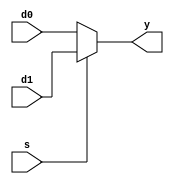
//---------------------------------
// MUX (Dataflow)
//---------------------------------

module 	mux2(	y,
		d0,
		d1,
		s)	;

parameter	N = 1	;

output	[N-1:0]	y	;	//output
input	[N-1:0]	d0	;	//input d0
input	[N-1:0]	d1	;	//input d1
input		s	;	//select

assign		y= s? d1:d0	;

endmodule

//---------------------------------
// 4:1 MUX
//---------------------------------

module mux4_inst(	y,
			d,
			s)	;

output		y	;	//output
input	[3:0]	d	;	//input d0,d1,d2,d3
input	[1:0]	s	;	//select which input can be the result

wire	[1:0]	convey	;	//convey output from first 2:1mux to last 2:1mux

mux2	mux_u0	(	.y( convey[0]	),
			.d0( d[0]	),
			.d1( d[1]	),
			.s ( s[0]	));

mux2	mux_u1	(	.y( convey[1]	),
			.d0( d[2]	),
			.d1( d[3]	),
			.s( s[0]	));

mux2	mux_u2	(	.y( y		),
			.d0( convey[0]	),
			.d1( convey[1]	),
			.s( s[1]	));

endmodule